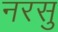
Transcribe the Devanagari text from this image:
नरसु